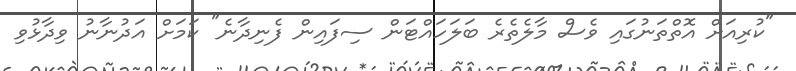
"ކުރިއަށް އޮތްތަނުގައި ވެސް މާލެތެރެ ބަލަހައްޓަން ސިފައިން ފެނިދާނެ" ކަމަށް އަދުނާނު ވިދާޅުވި